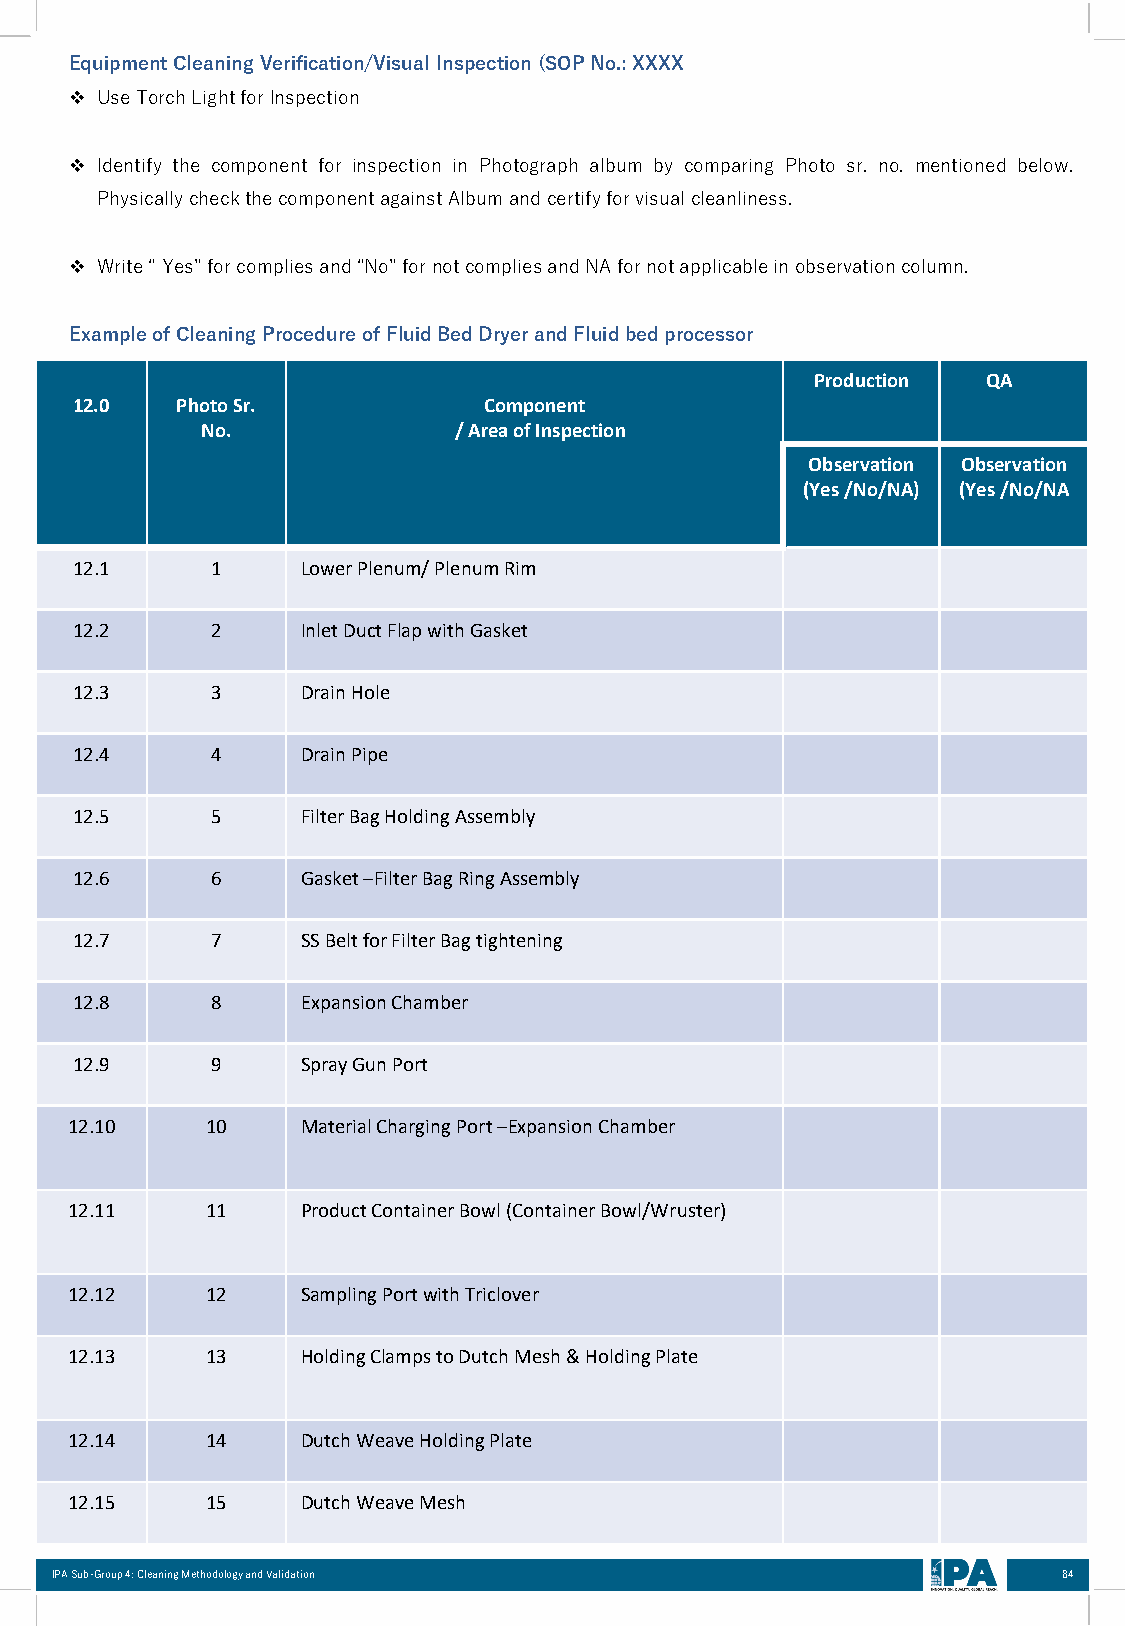
EquipmentCleaningVerification/Visual Inspection(SOPNo.:XXXX
 ❖ UseTorchLightforInspection
 ❖ Identify the component for inspection in Photograph album by comparing Photo sr. no. mentioned below.
 PhysicallycheckthecomponentagainstAlbumandcertifyforvisualcleanliness.
 ❖ Write“Yes”forcompliesand“No”fornotcompliesandNAfornotapplicableinobservationcolumn.
 ExampleofCleaningProcedureofFluidBedDryerandFluidbedprocessor
 Production QA
 12.0   Photo Sr.           Component
 No.              / Area of Inspection
 Observation Observation
 (Yes /No/NA) (Yes /No/NA
 12.1     1     Lower Plenum/ Plenum Rim
 12.2     2     Inlet Duct Flap with Gasket
 12.3     3     Drain Hole
 12.4     4     Drain Pipe
 12.5     5     Filter Bag Holding Assembly
 12.6     6     Gasket –Filter Bag Ring Assembly
 12.7     7     SS Belt for Filter Bag tightening
 12.8     8     Expansion Chamber
 12.9     9     Spray Gun Port
 12.10     10    Material Charging Port –Expansion Chamber
 12.11     11    Product Container Bowl (Container Bowl/Wruster)
 12.12     12    Sampling Port with Triclover
 12.13     13    Holding Clamps to Dutch Mesh & Holding Plate
 12.14     14    Dutch Weave Holding Plate
 12.15     15    Dutch Weave Mesh
 IPA Sub-Group 4: Cleaning Methodology and Validation               84